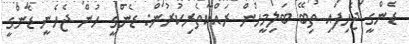
ޑެންގީ ޖެހިފައި ތިބޭ ބަލިމީހުން ރައްކާތެރިކުރުން: ޑެންގީ ހުން ޖެހެނީ ޑެންގީ